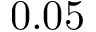
0 . 0 5